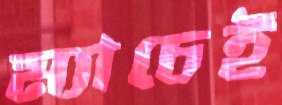
ম্যাচেই